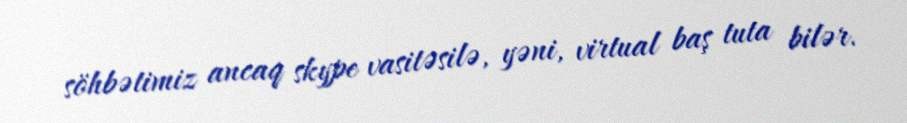
söhbətimiz ancaq skype vasitəsilə, yəni, virtual baş tuta bilər.